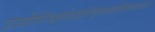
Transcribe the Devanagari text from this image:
उदयगिरिभद्रगौडकपौण्ड्रोत्कलकाषिमेकलाम्बष्ठाः।